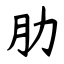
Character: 肋